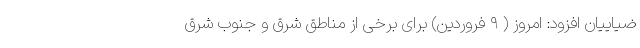
ضیاییان افزود: امروز ( ۹ فروردین) برای برخی از مناطق شرق و جنوب شرق